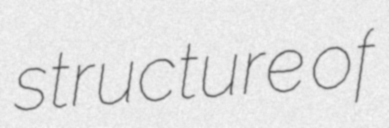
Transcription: structure of